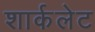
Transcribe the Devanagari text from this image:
शार्कलेट